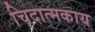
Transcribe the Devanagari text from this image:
चिदात्मकाय